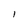
Character: I